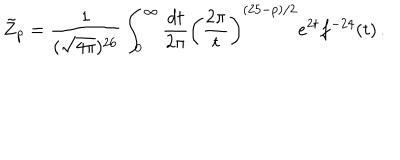
LaTeX: \tilde { Z } _ { p } = \frac { 1 } { ( \sqrt { 4 \pi } ) ^ { 2 6 } } \int _ { 0 } ^ { \infty } \frac { d t } { 2 \pi } \left( \frac { 2 \pi } { t } \right) ^ { ( 2 5 - p ) / 2 } e ^ { 2 t } f ^ { - 2 4 } ( t ) \, .